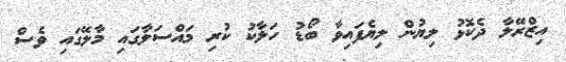
އިޒްރޭލާ ދެކޮޅު ލިޔުން ލިޔެފައިވާ ބޯޑު ހަލާކު ކުރި މައްސަލާގައި މާލޭގައި ވެސް